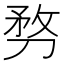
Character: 𠝸